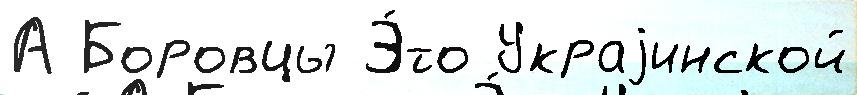
А Боровцы Э́то Украjинской